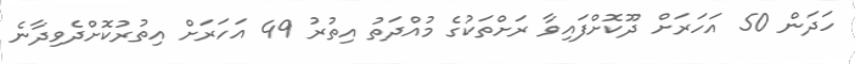
ހަދަން 50 އަހަރަށް ދޫކޮށްފައިވާ ރަށްތަކުގެ މުއްދަތު އިތުރު 49 އަހަރަށް އިތުރުކޮށްދެވިދާނެ